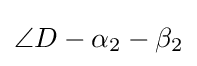
\angle D-\alpha _{2}-\beta _{2}